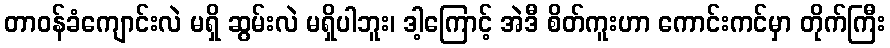
တာဝန်ခံကျောင်းလဲ မရှိ ဆွမ်းလဲ မရှိပါဘူး၊ ဒါ့ကြောင့် အဲဒီ စိတ်ကူးဟာ ကောင်းကင်မှာ တိုက်ကြီး